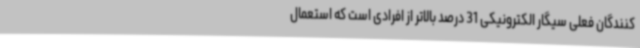
کنندگان فعلی سیگار الکترونیکی 31 درصد بالاتر از افرادی است که استعمال